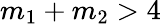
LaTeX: m_{1}+m_{2}>4